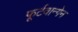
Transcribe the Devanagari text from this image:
फूर्टवान्गेन